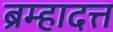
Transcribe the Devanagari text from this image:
ब्रम्हादत्त